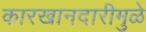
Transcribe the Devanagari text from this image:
कारखानदारीमुळे